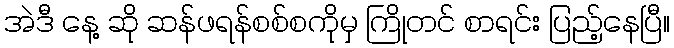
အဲဒီ နေ့ ဆို ဆန်ဖရန်စစ်စကိုမှ ကြိုတင် စာရင်း ပြည့်နေပြီ။